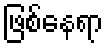
ဖြစ်နေရာ